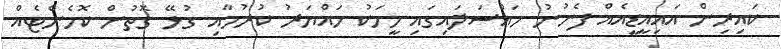
ކައިރިން އައިއީޑީއެއް ފެނުނު މައްސަލައިގައި މީހަކު ހައްޔަރު ކުރުމާއި ގުޅޭ ގޮތުން ކޮމެންޓެއް